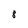
Character: 8